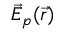
\vec { E } _ { p } ( \vec { r } )